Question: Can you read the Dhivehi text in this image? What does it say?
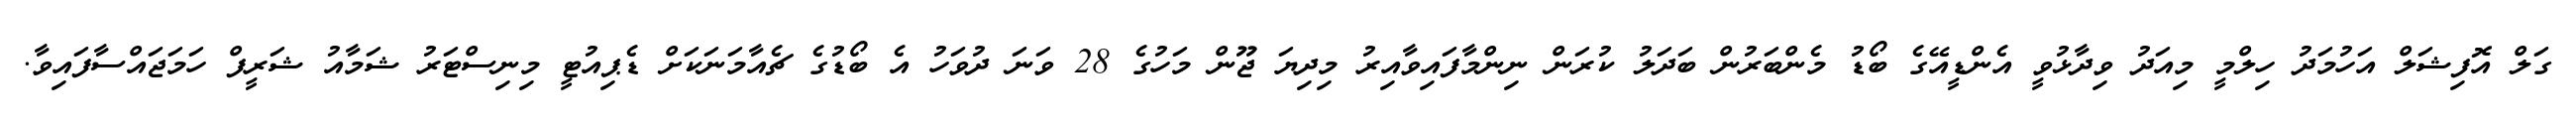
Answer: ގަލް އޮފިޝަލް އަހުމަދު ހިލްމީ މިއަދު ވިދާޅުވީ އެންޑީއޭގެ ބޯޑު މެންބަރުން ބަދަލު ކުރަން ނިންމާފައިވާއިރު މިދިޔަ ޖޫން މަހުގެ 28 ވަނަ ދުވަހު އެ ބޯޑުގެ ޗެއާމަނަކަށް ޑެޕިއުޓީ މިނިސްޓަރު ޝަމާއު ޝަރީފް ހަމަޖައްސާފައިވާ.